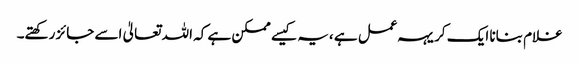
غلام بنانا ایک کریہہ عمل ہے ،یہ کیسے ممکن ہے کہ اللہ تعالیٰ اسے جائز رکھتے۔